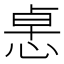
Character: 𢛂